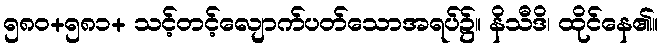
၅၈၀+၅၈၁+ သင့်တင့်လျောက်ပတ်သောအရပ်၌။ နိသီဒိ၊ ထိုင်နေ၏။